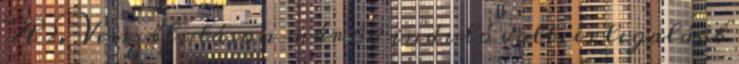
A 2. Vesszőfutáson már 68 induló volt, és legalább